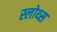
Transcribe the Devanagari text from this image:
स्लोथ्स